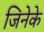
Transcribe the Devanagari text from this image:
जिनेके